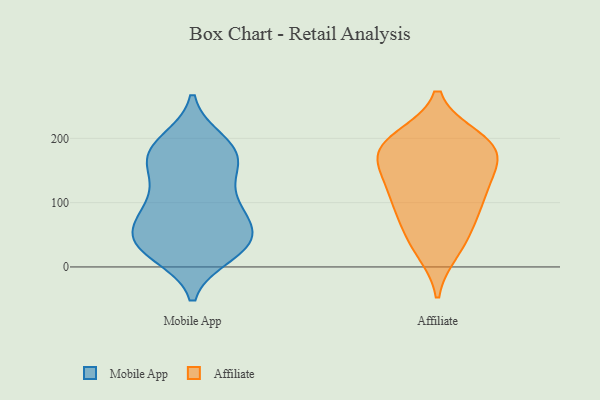
{"axis": {"x": "Tickets Resolved", "y": "Value"}, "legend": ["Affiliate", "Mobile App"], "data": [{"x": "", "y": 179, "type": "Mobile App"}, {"x": "", "y": 186, "type": "Mobile App"}, {"x": "", "y": 39, "type": "Mobile App"}, {"x": "", "y": 30, "type": "Mobile App"}, {"x": "", "y": 194, "type": "Mobile App"}, {"x": "", "y": 34, "type": "Mobile App"}, {"x": "", "y": 21, "type": "Mobile App"}, {"x": "", "y": 43, "type": "Mobile App"}, {"x": "", "y": 35, "type": "Mobile App"}, {"x": "", "y": 145, "type": "Mobile App"}, {"x": "", "y": 159, "type": "Mobile App"}, {"x": "", "y": 73, "type": "Mobile App"}, {"x": "", "y": 169, "type": "Mobile App"}, {"x": "", "y": 108, "type": "Mobile App"}, {"x": "", "y": 44, "type": "Mobile App"}, {"x": "", "y": 80, "type": "Mobile App"}, {"x": "", "y": 175, "type": "Mobile App"}, {"x": "", "y": 89, "type": "Mobile App"}, {"x": "", "y": 97, "type": "Mobile App"}, {"x": "", "y": 81, "type": "Affiliate"}, {"x": "", "y": 25, "type": "Affiliate"}, {"x": "", "y": 186, "type": "Affiliate"}, {"x": "", "y": 35, "type": "Affiliate"}, {"x": "", "y": 179, "type": "Affiliate"}, {"x": "", "y": 154, "type": "Affiliate"}, {"x": "", "y": 186, "type": "Affiliate"}, {"x": "", "y": 200, "type": "Affiliate"}, {"x": "", "y": 131, "type": "Affiliate"}, {"x": "", "y": 174, "type": "Affiliate"}, {"x": "", "y": 64, "type": "Affiliate"}, {"x": "", "y": 104, "type": "Affiliate"}, {"x": "", "y": 197, "type": "Affiliate"}, {"x": "", "y": 104, "type": "Affiliate"}, {"x": "", "y": 132, "type": "Affiliate"}]}